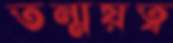
তন্ময়ত্ব